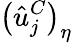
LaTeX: \left(\hat{u}_{j}^{C}\right)_{\eta}